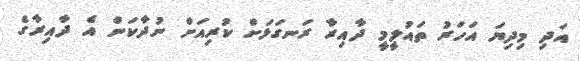
އަދި މިދިޔަ އަހަރު ތައުލީމީ ދާއިރާ ރަނގަޅަށް ކުރިއަށް ނުދާކަން އެ ދާއިރާގެ